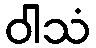
ဝါသံ